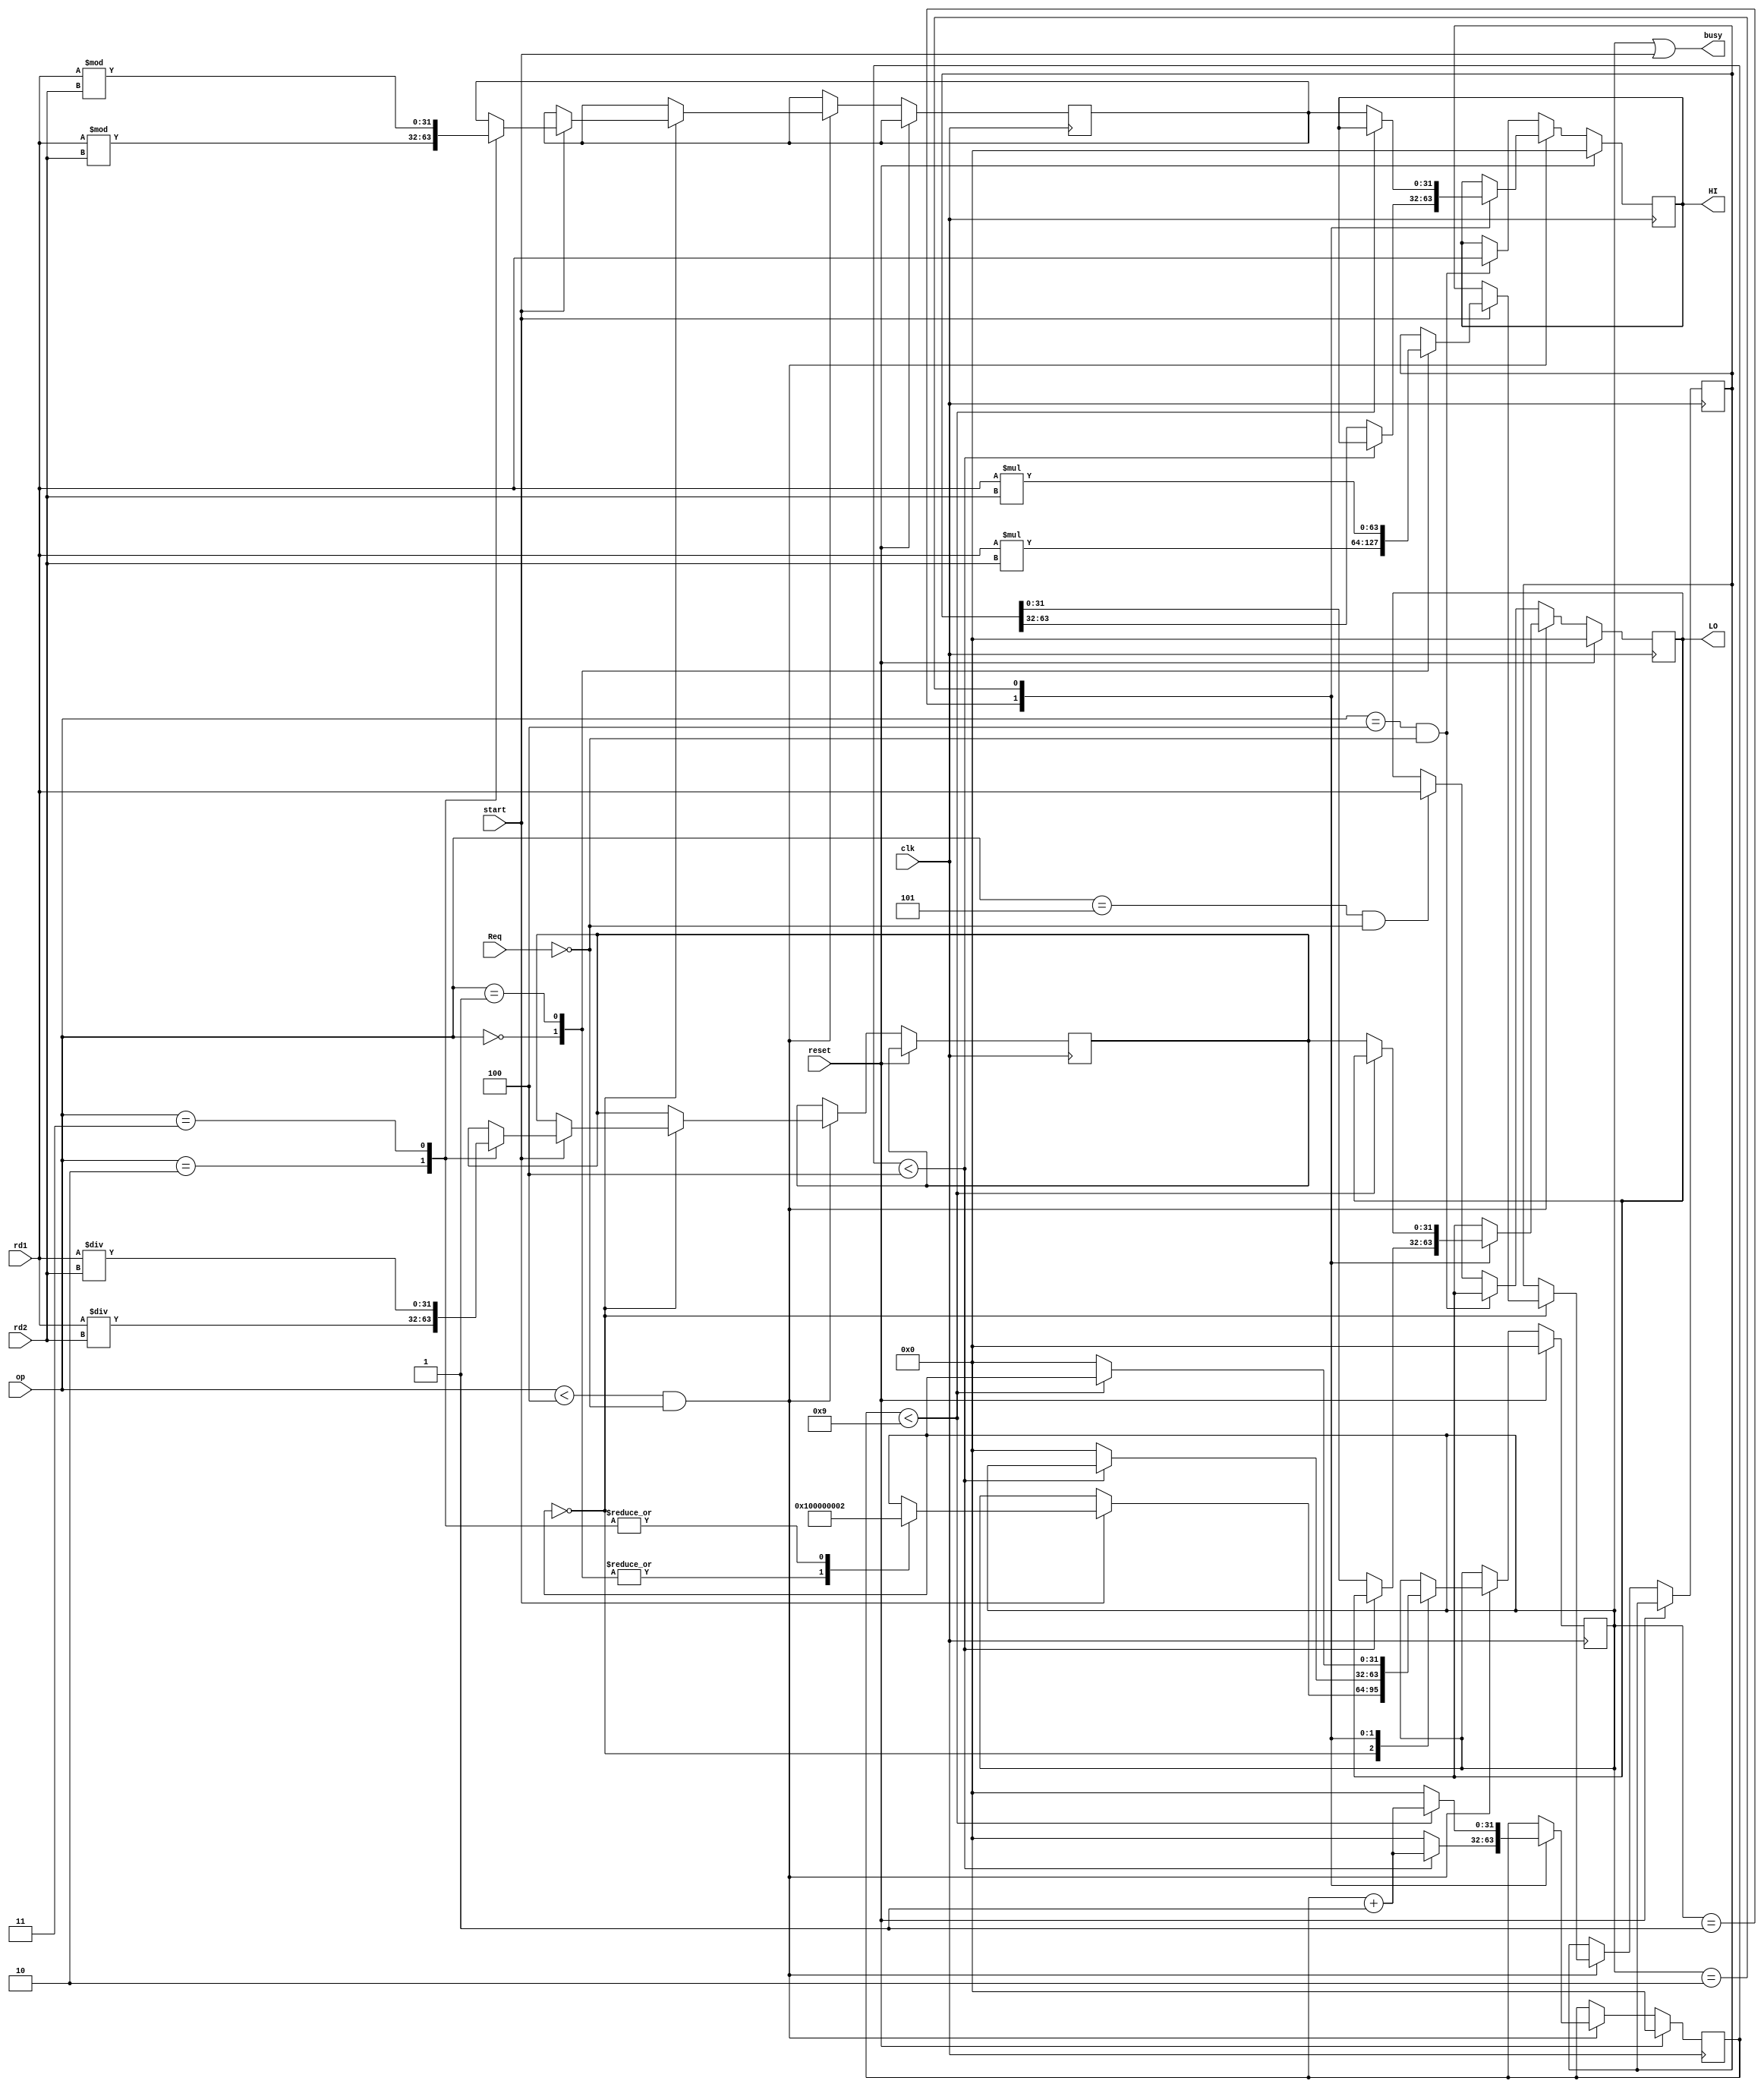
`timescale 1ns / 1ps
//////////////////////////////////////////////////////////////////////////////////
// Company: 
// Engineer: 
// 
// Design Name: 
// Module Name:    MultDiv 
// Project Name: 
// Target Devices: 
// Tool versions: 
// Description: 
//
// Dependencies: 
//
// Revision: 
// Revision 0.01 - File Created
// Additional Comments: 
//
//////////////////////////////////////////////////////////////////////////////////
module MultDiv(
	input clk,
	input reset,
	input start,
	input [31:0] rd1,
	input [31:0] rd2,
	input [2:0] op,
	input Req,
	output reg [31:0] HI,
	output reg [31:0] LO,
	output busy
    );
	
	reg [31:0] count,state;
	reg [31:0] div,res;
	reg [63:0] mul;
	
	always@(posedge clk)begin
		if(reset)begin
			HI<=0;
			LO<=0;
			state<=0;
			count<=0;
		end
		else if(op<4&&!Req) begin
			case(state)
				0:begin
					if(start==1)begin
						case(op)
							0:begin 
								state<=1; 
								mul<=$signed(rd1)*$signed(rd2);
							end
							1:begin
								state<=1;
								mul<=rd1*rd2;
							end
							2:begin
								state<=2;
								div<=$signed(rd1)/$signed(rd2); 
								res<=$signed(rd1)%$signed(rd2);
							end
							3:begin
								state<=2;
								div<=rd1/rd2; res<=rd1%rd2;
							end
						endcase
					end
				end
				1:begin						//mul
					if(count<4)begin
						count<=count+1;
					end
					else begin
						HI<=mul[63:32]; LO<=mul[31:0];
						state<=0;
						count<=0;
					end
				end
				2:begin						//div
					if(count<9)begin
						count<=count+1;
					end
					else begin
						HI<=res; LO<=div;
						state<=0;
						count<=0;
					end
				end
			endcase
		end
		else if(op==4&&!Req)begin
			HI<=rd1;
		end
		else if(op==5&&!Req)begin
			LO<=rd1;
		end
	end
	
	assign busy=(state||start);
	
endmodule